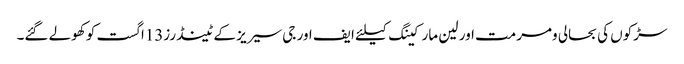
سڑکوں کی بحالی ومرمت اور لین مارکینگ کیلئے ایف اور جی سیریز کے ٹینڈرز13اگست کو کھولے گئے۔